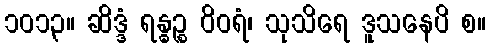
၁၀၁၃။ ဆိဒ္ဒံ ရန္ဓဉ္စ ဝိဝရံ၊ သုသိရေ ဒူသနေပိ စ။